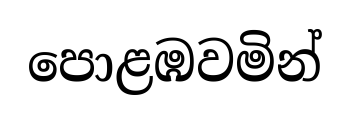
පොළඹවමින්